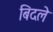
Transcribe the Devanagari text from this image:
बिदले